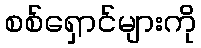
စစ်ရှောင်များကို